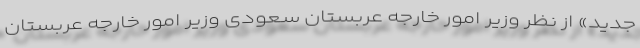
جدید» از نظر وزیر امور خارجه عربستان سعودی وزیر امور خارجه عربستان